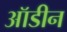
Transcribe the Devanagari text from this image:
ऑडीन